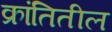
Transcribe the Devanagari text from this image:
क्रांतितील